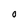
Character: O